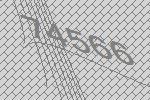
74566